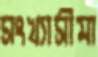
সংখ্যাসীমা